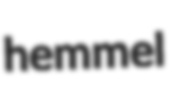
hemmel